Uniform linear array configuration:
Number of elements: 64
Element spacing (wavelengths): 0.5
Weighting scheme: cosine
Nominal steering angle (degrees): -30
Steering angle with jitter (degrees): -28.739
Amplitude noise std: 0.05
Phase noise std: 0.05

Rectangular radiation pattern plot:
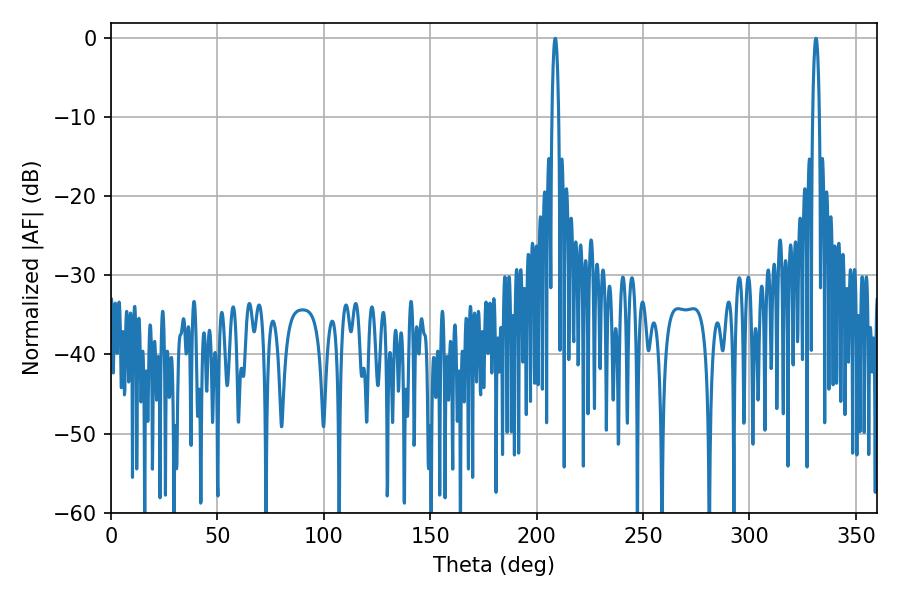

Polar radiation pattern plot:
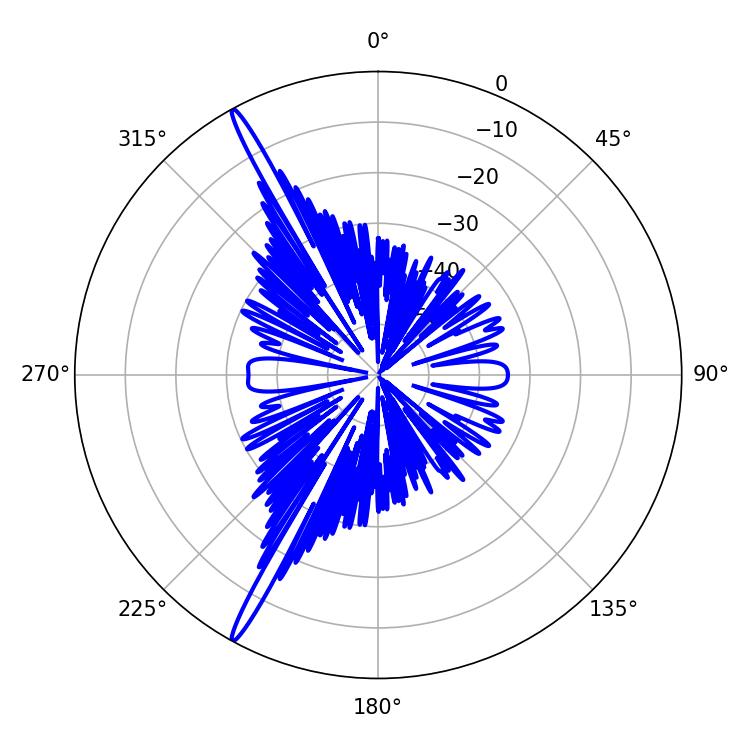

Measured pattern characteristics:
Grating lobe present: FALSE
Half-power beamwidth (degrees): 1.62
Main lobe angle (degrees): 331.2